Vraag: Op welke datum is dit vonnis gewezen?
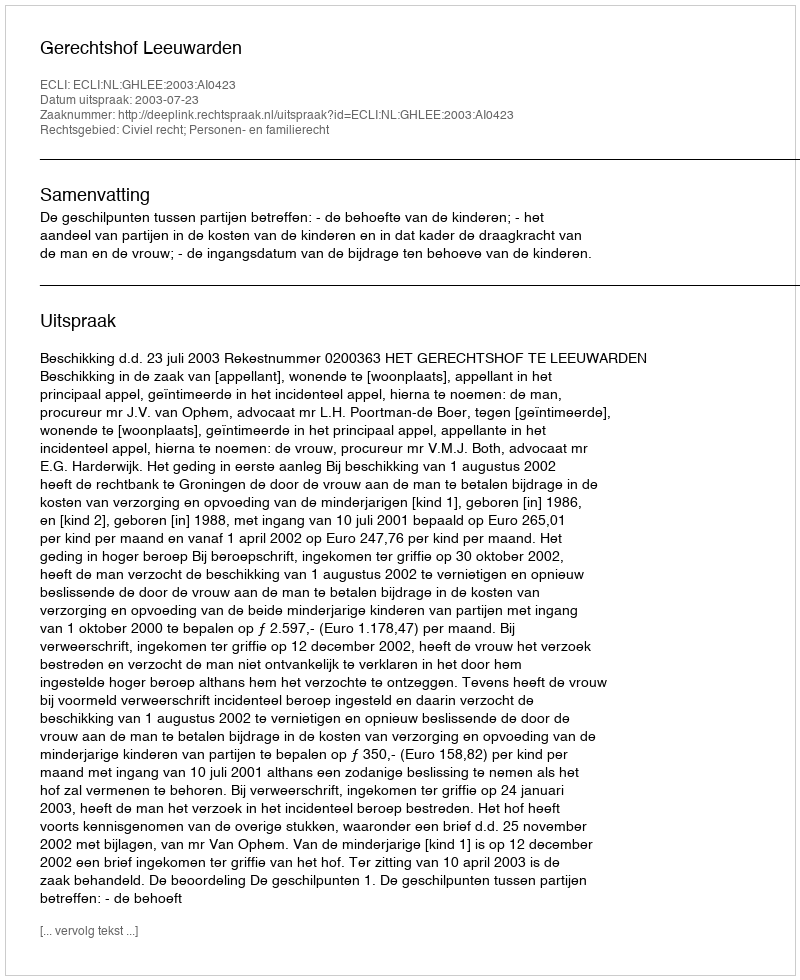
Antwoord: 2003-07-23